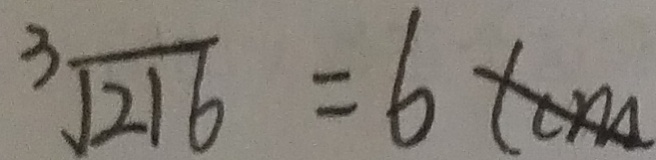
\sqrt [ 3 ] { 2 1 6 } = 6 ( c m